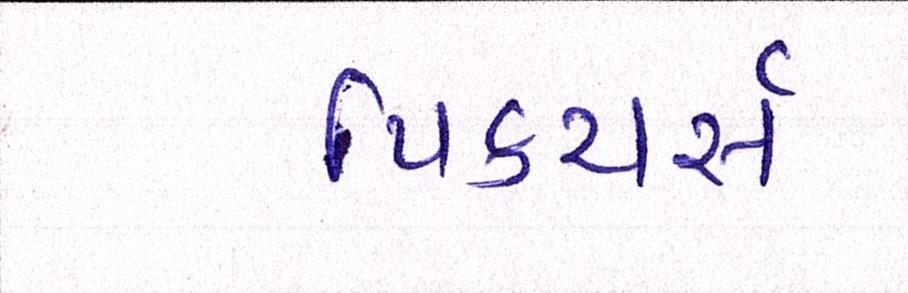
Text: પિક્ચર્સ